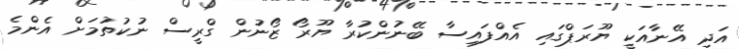
އަދި އޭނާއަކީ ޔޫރަޕްގައި އެއްފައިސާ ބޭނުންކުރާ ޔޫރޯ ޒޯނުން ގްރީސް ނުކުތުމަށް އެންމެ